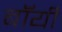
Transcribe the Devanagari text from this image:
बॉंयी